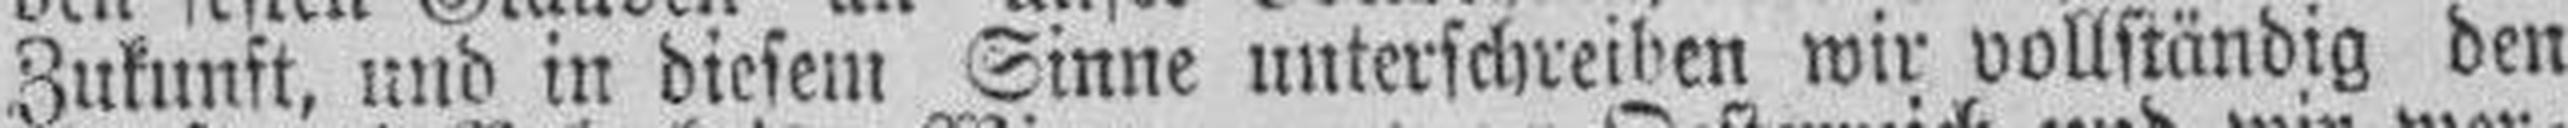
Zukunft, und in diesem Sinne unterschreinen wir vollständig den